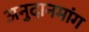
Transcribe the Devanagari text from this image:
अनुदानमांग